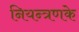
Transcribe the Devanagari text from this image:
नियन्त्रणके